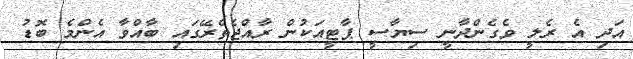
އަދި އެ ރެލީ ވެގެންދާނީ ސިޔާސީ ޕާޓީއަކުން ރާއްޖެތެރޭގައި ބާއްވާ އެންމެ ބޮޑު